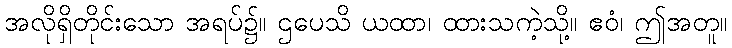
အလိုရှိတိုင်းသော အရပ်၌။ ဌပေသိ ယထာ၊ ထားသကဲ့သို့။ ဧဝံ၊ ဤအတူ။